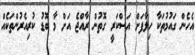
އެހެން ގައުމުތަކާ ހިލާފަށް އަސްކަރީ ގޮތުން ރާއްޖެ އަށް މާ ބޮޑު ކުރިއެރުންތަކެއް